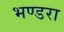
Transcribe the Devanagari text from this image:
भण्डरा